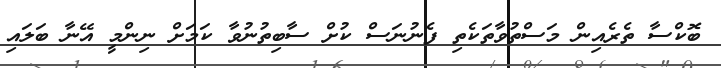
ބޮކްސާ ތެރެއިން މަސްތުވާތަކެތި ފެނުނަސް ކުށް ސާބިތުނުވާ ކަމަށް ނިންމީ އޭނާ ބަލައި